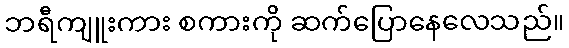
ဘရီကျူးကား စကားကို ဆက်ပြောနေလေသည်။